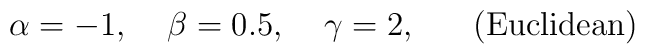
\alpha=-1,\;\;\;\; \beta=0.5,\;\;\;\; \gamma=2,\;\;\;\;\;\;({\rm Euclidean})